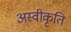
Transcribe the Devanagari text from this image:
अस्‍वीकृति